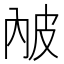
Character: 𤿏